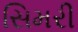
સિમરી